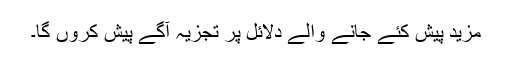
مزید پیش کئے جانے والے دلائل پر تجزیہ آگے پیش کروں گا۔